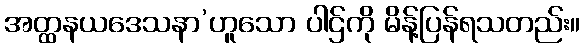
အတ္ထနယဒေသနာ’ဟူသော ပါဌ်ကို မိန့်ပြန်ရသတည်း။